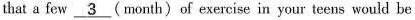
that a few \underline{3} (month) of exercise in your teens would be